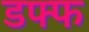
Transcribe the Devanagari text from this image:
डफ्फ